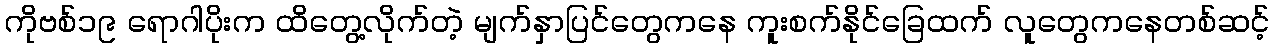
ကိုဗစ်၁၉ ရောဂါပိုးက ထိတွေ့လိုက်တဲ့ မျက်နှာပြင်တွေကနေ ကူးစက်နိုင်ခြေထက် လူတွေကနေတစ်ဆင့်